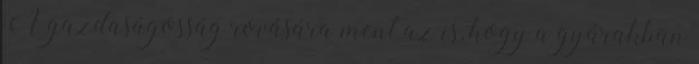
A gazdaságosság rovására ment az is, hogy a gyárakban